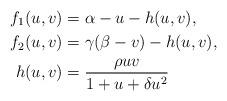
LaTeX: \begin{align*}f_{1}(u,v) & =\alpha-u-h(u,v),\\f_{2}(u,v) & =\gamma(\beta-v)-h(u,v),\\h(u,v) & =\frac{\rho uv}{1+u+\delta u^{2}} \end{align*}